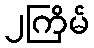
၂ကြိမ်